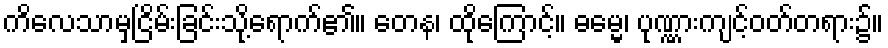
ကိလေသာမှငြိမ်းခြင်းသို့ရောက်၏။ တေန၊ ထိုကြောင့်။ ဓမ္မေ၊ ပုဏ္ဏားကျင့်ဝတ်တရား၌။